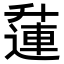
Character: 𨖲